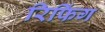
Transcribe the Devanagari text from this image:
रिफिंग